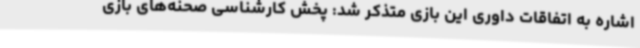
اشاره به اتفاقات داوری این بازی متذکر شد: پخش کارشناسی صحنه‌های بازی